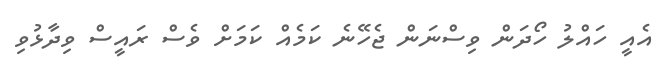
އެއީ ހައްލު ހޯދަން ވިސްނަން ޖެހޭނެ ކަމެއް ކަމަށް ވެސް ރައީސް ވިދާޅުވި